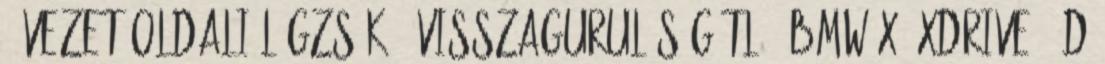
– vezetőoldali légzsák – visszagurulás-gátló. BMW X4 xDrive 20d